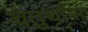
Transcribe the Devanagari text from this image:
चतुर्थांस